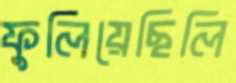
ফুলিয়েছিলি